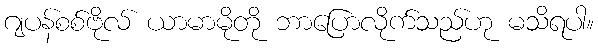
ဂျပန်စစ်ဗိုလ် ယာမာမိုတို ဘာပြောလိုက်သည်ဟု မသိရပါ။